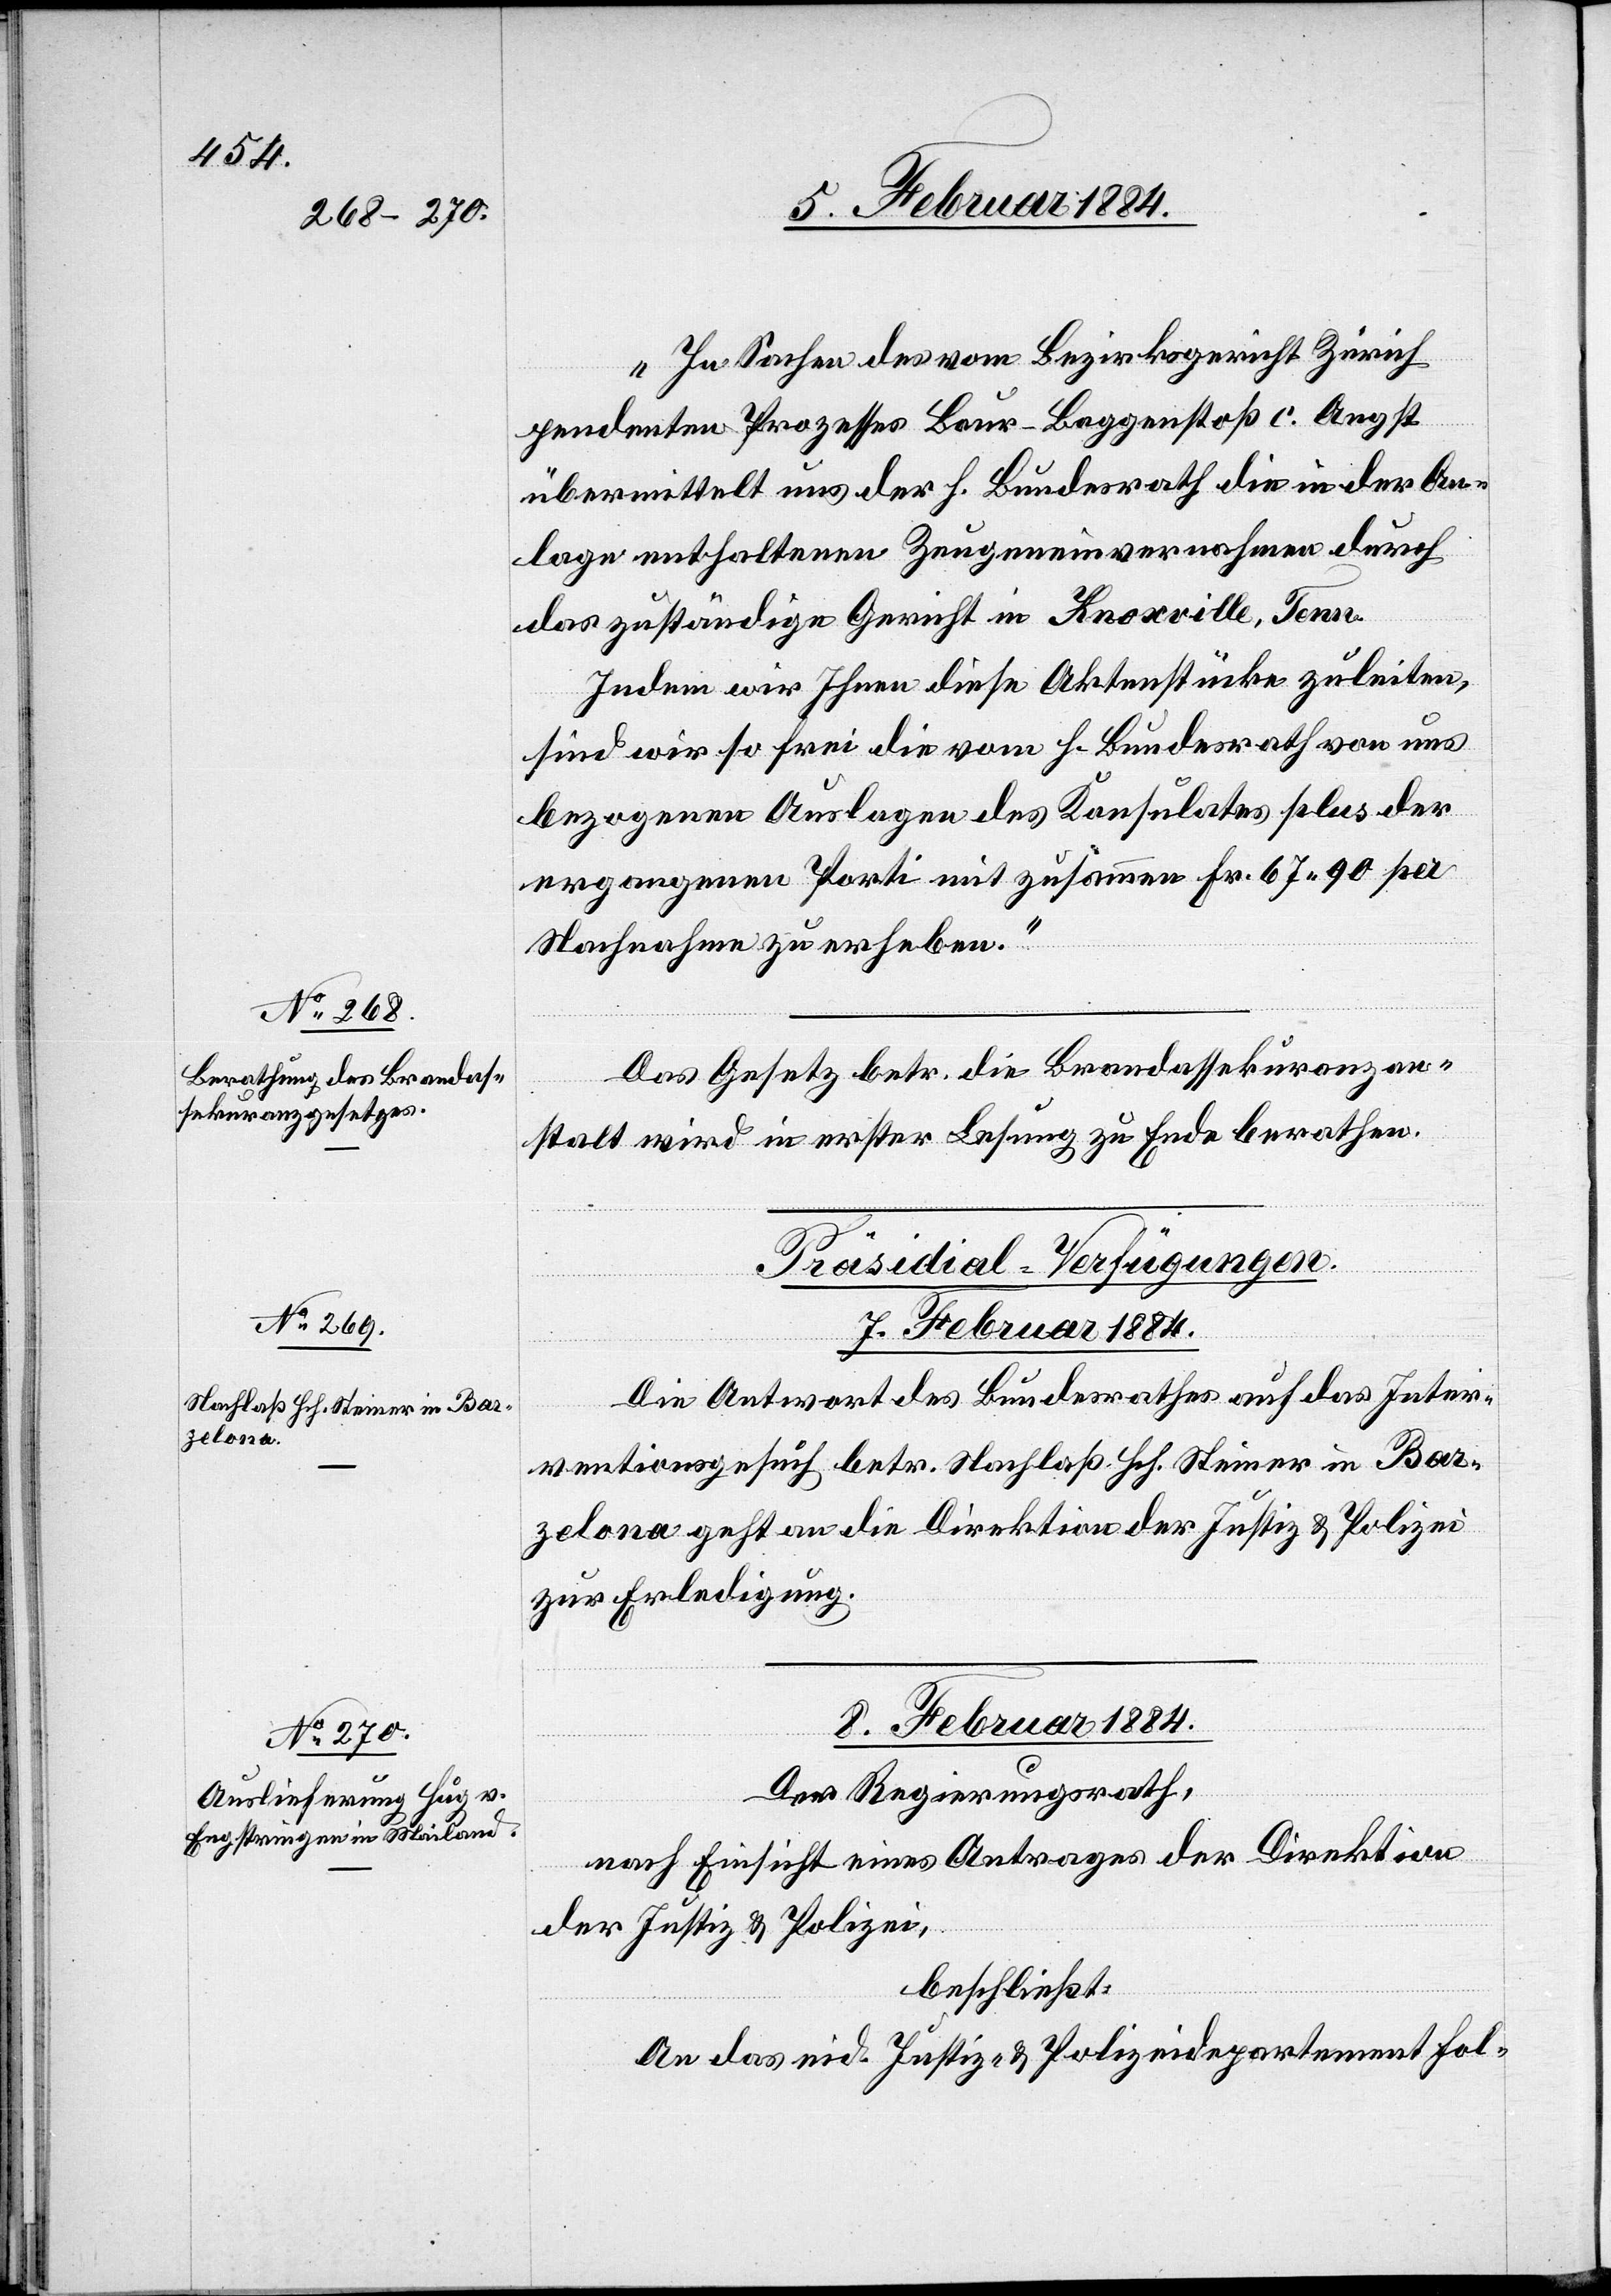
„In Sachen des vor Bezirksgericht Zürich
pendenten Prozesses Baur-Baggenstoß c. Angst
übermittelt uns der h. Bundesrath die in der An¬
lage enthaltenen Zeugeneinvernahmen durch
das zuständige Gericht in Knoxville, Tenn.
Indem wir Ihnen diese Aktenstücke zuleiten,
sind wir so frei die vom h. Bundesrath von uns
bezogenen Auslagen des Konsulates plus der
ergangenen Porti mit zusammen Fr. 67 90 per
Nachnahme zu erheben.“
Das Gesetz betr. die Brandassekuranzan¬
stalt wird in erster Lesung zu Ende berathen.
[Präsidial-Verfügungen.]
7. Februar 1884.
Die Antwort des Bundesrathes auf das Inter¬
ventionsgesuch betr. Nachlaß Hch. Steiner in Bar¬
zelona geht an die Direktion der Justiz & Polizei
zur Erledigung.
8. Februar 1884.
Der Regierungsrath,
nach Einsicht eines Antrages der Direktion
der Justiz & Polizei,
beschließt:
An das eid. Justiz- & Polizeidepartement fol-